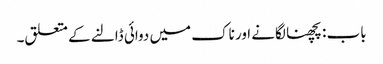
باب : پچھنا لگانے اور ناک میں دوائی ڈالنے کے متعلق۔